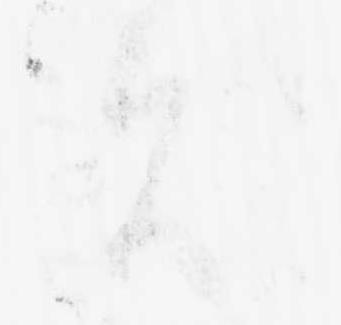
夫